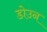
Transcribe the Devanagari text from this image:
डोउन